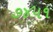
૭૪૫૧